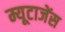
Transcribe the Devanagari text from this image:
म्यूटाजेंस